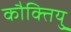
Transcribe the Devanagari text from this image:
कौक्तियु